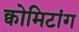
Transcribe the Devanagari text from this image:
क्वोमिटांग